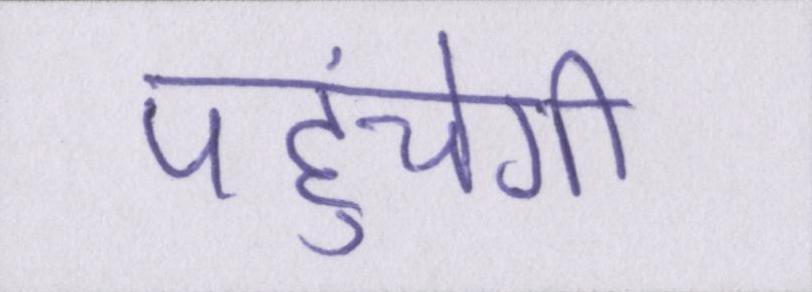
पहुंचेगी